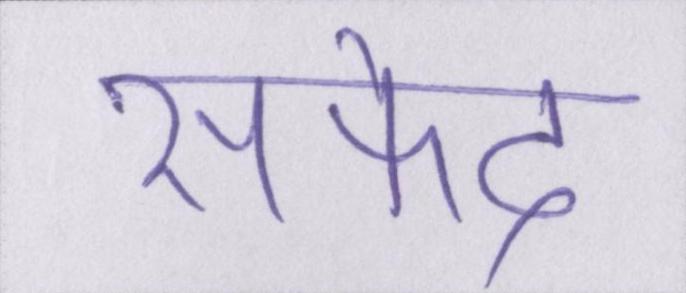
सफेद